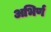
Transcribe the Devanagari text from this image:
अभिर्ण